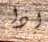
إذا